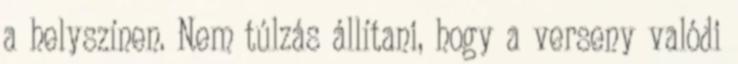
a helyszínen. Nem túlzás állítani, hogy a verseny valódi